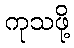
ကုသဖို့